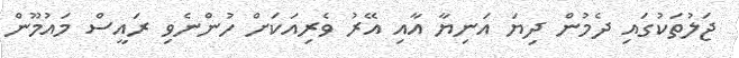
ޖަލުތަކުގައި ދެމުން ދިޔަ އަނިޔާ އާއި އޭރު ވެރިއަކަށް ހުންނެވި ރައީސް މައުމޫން